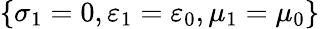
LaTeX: \{ \sigma_{1}=0,\varepsilon_{1}=\varepsilon_{0},\mu_{1}=\mu_{0}\}